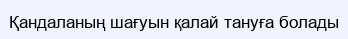
Қандаланың шағуын қалай тануға болады